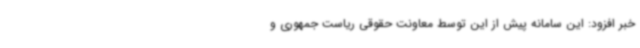
خبر افزود: این سامانه پیش از این توسط معاونت حقوقی ریاست جمهوری و